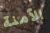
الآمنة